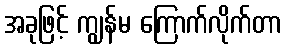
အခုဖြင့် ကျွန်မ ကြောက်လိုက်တာ